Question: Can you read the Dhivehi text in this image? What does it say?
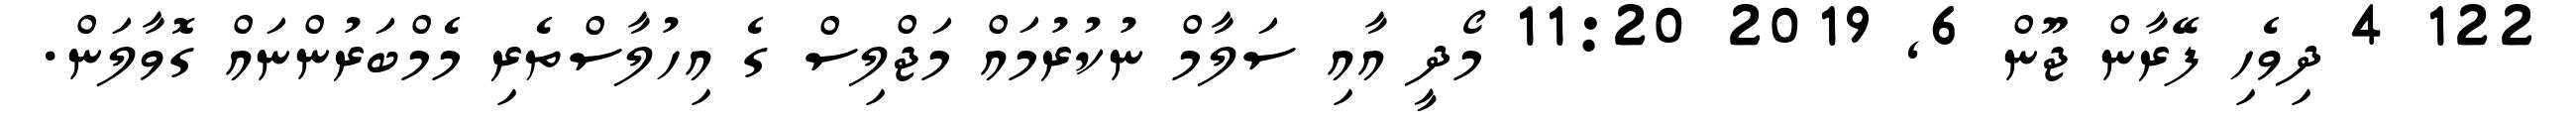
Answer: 122 4 ދިވެހި ފޭރާން ޖޫން 6, 2019 11:20 މޯދީ އާއި ސަލާމް ނުކުރުމައް މަޖްލިސް ގެ އިހުލާސްތެރި މެމްބަރުންނައް ގޮވާލަން.